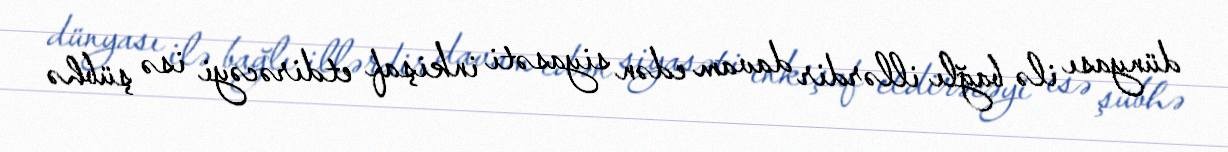
dünyası ilə bağlı illərdir davam edən siyasəti inkişaf etdirəcəyi isə şübhə